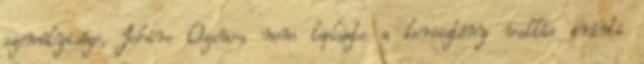
személyisége, Ichiro Ozawa nem leplezte a keresztény vallás iránti